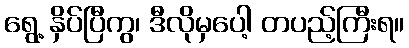
ရွေ့ နှိပ်ပြီကွ၊ ဒီလိုမှပေါ့ တပည့်ကြီးရ။